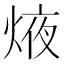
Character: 焲